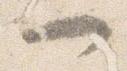
一